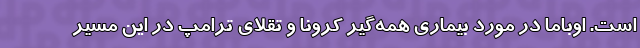
است. اوباما در مورد بیماری همه‌گیر کرونا و تقلای ترامپ در این مسیر